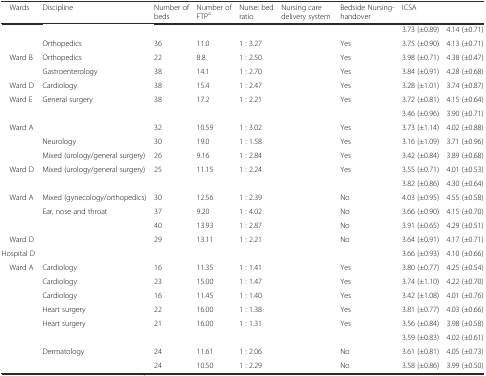
<table><thead><tr><td><b> Wards</b></td><td><b>Discipline</b></td><td><b>Number of beds</b></td><td><b>Number of FTP<sup>a</sup></b></td><td><b>Nurse: bed ratio</b></td><td><b>Nursing care delivery system</b></td><td><b>Bedside Nursing-handover</b></td><td><b>ICSA</b></td><td>[EMPTY_CELL]</td></tr></thead><tbody><tr><td>[EMPTY_CELL]</td><td>[EMPTY_CELL]</td><td>[EMPTY_CELL]</td><td>[EMPTY_CELL]</td><td>[EMPTY_CELL]</td><td>[EMPTY_CELL]</td><td>[EMPTY_CELL]</td><td>3.73 (±0.89)</td><td>4.14 (±0.71)</td></tr><tr><td>[EMPTY_CELL]</td><td>Orthopedics</td><td>36</td><td>11.0</td><td>1 : 3.27</td><td>[EMPTY_CELL]</td><td>Yes</td><td>3.75 (±0.90)</td><td>4.13 (±0.71)</td></tr><tr><td> Ward B</td><td>Orthopedics</td><td>22</td><td>8.8</td><td>1 : 2.50</td><td>[EMPTY_CELL]</td><td>Yes</td><td>3.98 (±0.71)</td><td>4.38 (±0.47)</td></tr><tr><td>[EMPTY_CELL]</td><td>Gastroenterology</td><td>38</td><td>14.1</td><td>1 : 2.70</td><td>[EMPTY_CELL]</td><td>Yes</td><td>3.84 (±0.91)</td><td>4.28 (±0.68)</td></tr><tr><td> Ward D</td><td>Cardiology</td><td>38</td><td>15.4</td><td>1 : 2.47</td><td>[EMPTY_CELL]</td><td>Yes</td><td>3.28 (±1.01)</td><td>3.74 (±0.87)</td></tr><tr><td> Ward E</td><td>General surgery</td><td>38</td><td>17.2</td><td>1 : 2.21</td><td>[EMPTY_CELL]</td><td>Yes</td><td>3.72 (±0.81)</td><td>4.15 (±0.64)</td></tr><tr><td>[EMPTY_CELL]</td><td>[EMPTY_CELL]</td><td>[EMPTY_CELL]</td><td>[EMPTY_CELL]</td><td>[EMPTY_CELL]</td><td>[EMPTY_CELL]</td><td>[EMPTY_CELL]</td><td>3.46 (±0.96)</td><td>3.90 (±0.71)</td></tr><tr><td> Ward A</td><td>[EMPTY_CELL]</td><td>32</td><td>10.59</td><td>1 : 3.02</td><td>[EMPTY_CELL]</td><td>Yes</td><td>3.73 (±1.14)</td><td>4.02 (±0.88)</td></tr><tr><td>[EMPTY_CELL]</td><td>Neurology</td><td>30</td><td>19.0</td><td>1 : 1.58</td><td>[EMPTY_CELL]</td><td>Yes</td><td>3.16 (±1.09)</td><td>3.71 (±0.96)</td></tr><tr><td>[EMPTY_CELL]</td><td>Mixed (urology/general surgery)</td><td>26</td><td>9.16</td><td>1 : 2.84</td><td>[EMPTY_CELL]</td><td>Yes</td><td>3.42 (±0.84)</td><td>3.89 (±0.68)</td></tr><tr><td> Ward D</td><td>Mixed (urology/general surgery)</td><td>25</td><td>11.15</td><td>1 : 2.24</td><td>[EMPTY_CELL]</td><td>Yes</td><td>3.55 (±0.71)</td><td>4.01 (±0.53)</td></tr><tr><td>[EMPTY_CELL]</td><td>[EMPTY_CELL]</td><td>[EMPTY_CELL]</td><td>[EMPTY_CELL]</td><td>[EMPTY_CELL]</td><td>[EMPTY_CELL]</td><td>[EMPTY_CELL]</td><td>3.82 (±0.86)</td><td>4.30 (±0.64)</td></tr><tr><td> Ward A</td><td>Mixed (gynecology/orthopedics)</td><td>30</td><td>12.56</td><td>1 : 2.39</td><td>[EMPTY_CELL]</td><td>No</td><td>4.03 (±0.95)</td><td>4.55 (±0.58)</td></tr><tr><td>[EMPTY_CELL]</td><td>Ear, nose and throat</td><td>37</td><td>9.20</td><td>1 : 4.02</td><td>[EMPTY_CELL]</td><td>No</td><td>3.66 (±0.90)</td><td>4.15 (±0.70)</td></tr><tr><td>[EMPTY_CELL]</td><td>[EMPTY_CELL]</td><td>40</td><td>13.93</td><td>1 : 2.87</td><td>[EMPTY_CELL]</td><td>No</td><td>3.91 (±0.65)</td><td>4.29 (±0.51)</td></tr><tr><td> Ward D</td><td>[EMPTY_CELL]</td><td>29</td><td>13.11</td><td>1 : 2.21</td><td>[EMPTY_CELL]</td><td>No</td><td>3.64 (±0.91)</td><td>4.17 (±0.71)</td></tr><tr><td>Hospital D</td><td>[EMPTY_CELL]</td><td>[EMPTY_CELL]</td><td>[EMPTY_CELL]</td><td>[EMPTY_CELL]</td><td>[EMPTY_CELL]</td><td>[EMPTY_CELL]</td><td>3.66 (±0.93)</td><td>4.10 (±0.66)</td></tr><tr><td> Ward A</td><td>Cardiology</td><td>16</td><td>11.35</td><td>1 : 1.41</td><td>[EMPTY_CELL]</td><td>Yes</td><td>3.80 (±0.77)</td><td>4.25 (±0.54)</td></tr><tr><td>[EMPTY_CELL]</td><td>Cardiology</td><td>23</td><td>15.00</td><td>1 : 1.47</td><td>[EMPTY_CELL]</td><td>Yes</td><td>3.74 (±1.10)</td><td>4.22 (±0.70)</td></tr><tr><td>[EMPTY_CELL]</td><td>Cardiology</td><td>16</td><td>11.45</td><td>1 : 1.40</td><td>[EMPTY_CELL]</td><td>Yes</td><td>3.42 (±1.08)</td><td>4.01 (±0.76)</td></tr><tr><td>[EMPTY_CELL]</td><td>Heart surgery</td><td>22</td><td>16.00</td><td>1 : 1.38</td><td>[EMPTY_CELL]</td><td>Yes</td><td>3.81 (±0.77)</td><td>4.03 (±0.66)</td></tr><tr><td>[EMPTY_CELL]</td><td>Heart surgery</td><td>21</td><td>16.00</td><td>1 : 1.31</td><td>[EMPTY_CELL]</td><td>Yes</td><td>3.56 (±0.84)</td><td>3.98 (±0.58)</td></tr><tr><td>[EMPTY_CELL]</td><td>[EMPTY_CELL]</td><td>[EMPTY_CELL]</td><td>[EMPTY_CELL]</td><td>[EMPTY_CELL]</td><td>[EMPTY_CELL]</td><td>[EMPTY_CELL]</td><td>3.59 (±0.83)</td><td>4.02 (±0.61)</td></tr><tr><td>[EMPTY_CELL]</td><td>Dermatology</td><td>24</td><td>11.61</td><td>1 : 2.06</td><td>[EMPTY_CELL]</td><td>No</td><td>3.61 (±0.81)</td><td>4.05 (±0.73)</td></tr><tr><td>[EMPTY_CELL]</td><td>[EMPTY_CELL]</td><td>24</td><td>10.50</td><td>1 : 2.29</td><td>[EMPTY_CELL]</td><td>No</td><td>3.58 (±0.86)</td><td>3.99 (±0.50)</td></tr></tbody></table>